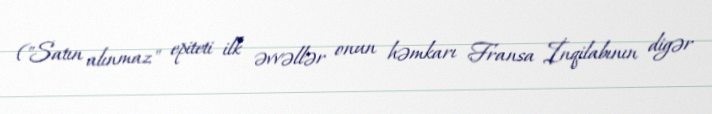
("Satın alınmaz" epiteti ilk əvvəllər onun həmkarı Fransa İnqilabının digər